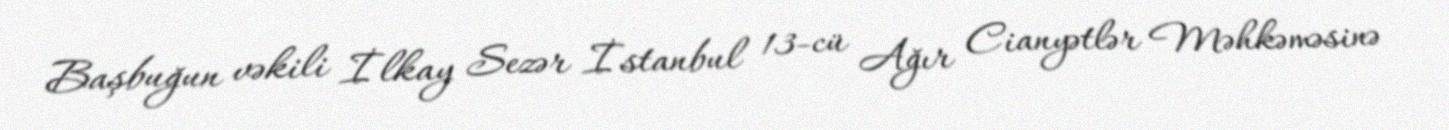
Başbuğun vəkili İlkay Sezər İstanbul 13-cü Ağır Cianyətlər Məhkəməsinə